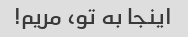
اینجا به تو، مریم!